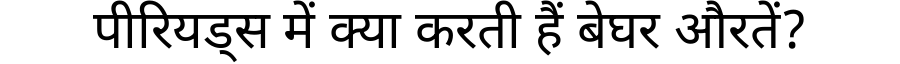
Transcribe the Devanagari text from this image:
पीरियड्स में क्या करती हैं बेघर औरतें?